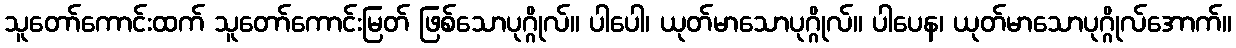
သူတော်ကောင်းထက် သူတော်ကောင်းမြတ် ဖြစ်သောပုဂ္ဂိုလ်။ ပါပေါ၊ ယုတ်မာသောပုဂ္ဂိုလ်။ ပါပေန၊ ယုတ်မာသောပုဂ္ဂိုလ်အောက်။